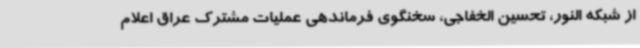
از شبکه النور، تحسین الخفاجی، سخنگوی فرماندهی عملیات مشترک عراق اعلام